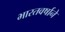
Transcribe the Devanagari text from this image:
भारतवर्षाने